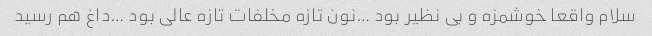
سلام واقعا خوشمزه و بی نظیر بود …نون تازه مخلفات تازه عالی بود …داغ هم رسید